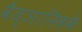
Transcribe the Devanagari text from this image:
वैज्ञानिकके